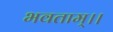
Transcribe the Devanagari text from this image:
भवताम्।।